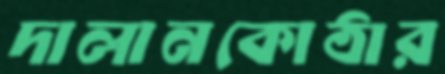
দালানকোঠার